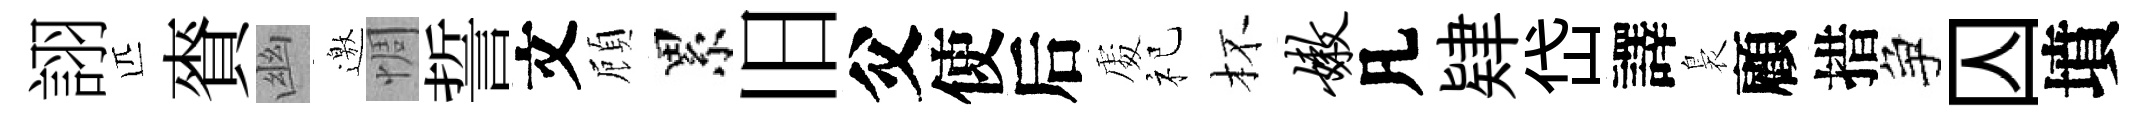
詡匹賚幽邀惆誓文頋累旧父使后𠁅祀杯嫩凡肄岱譯裊顧措争囚墳